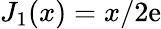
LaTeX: J_{1}(x)={x}/{2\mathrm{e}}